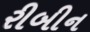
રીબીન